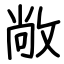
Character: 敞